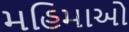
મહિમાઓ